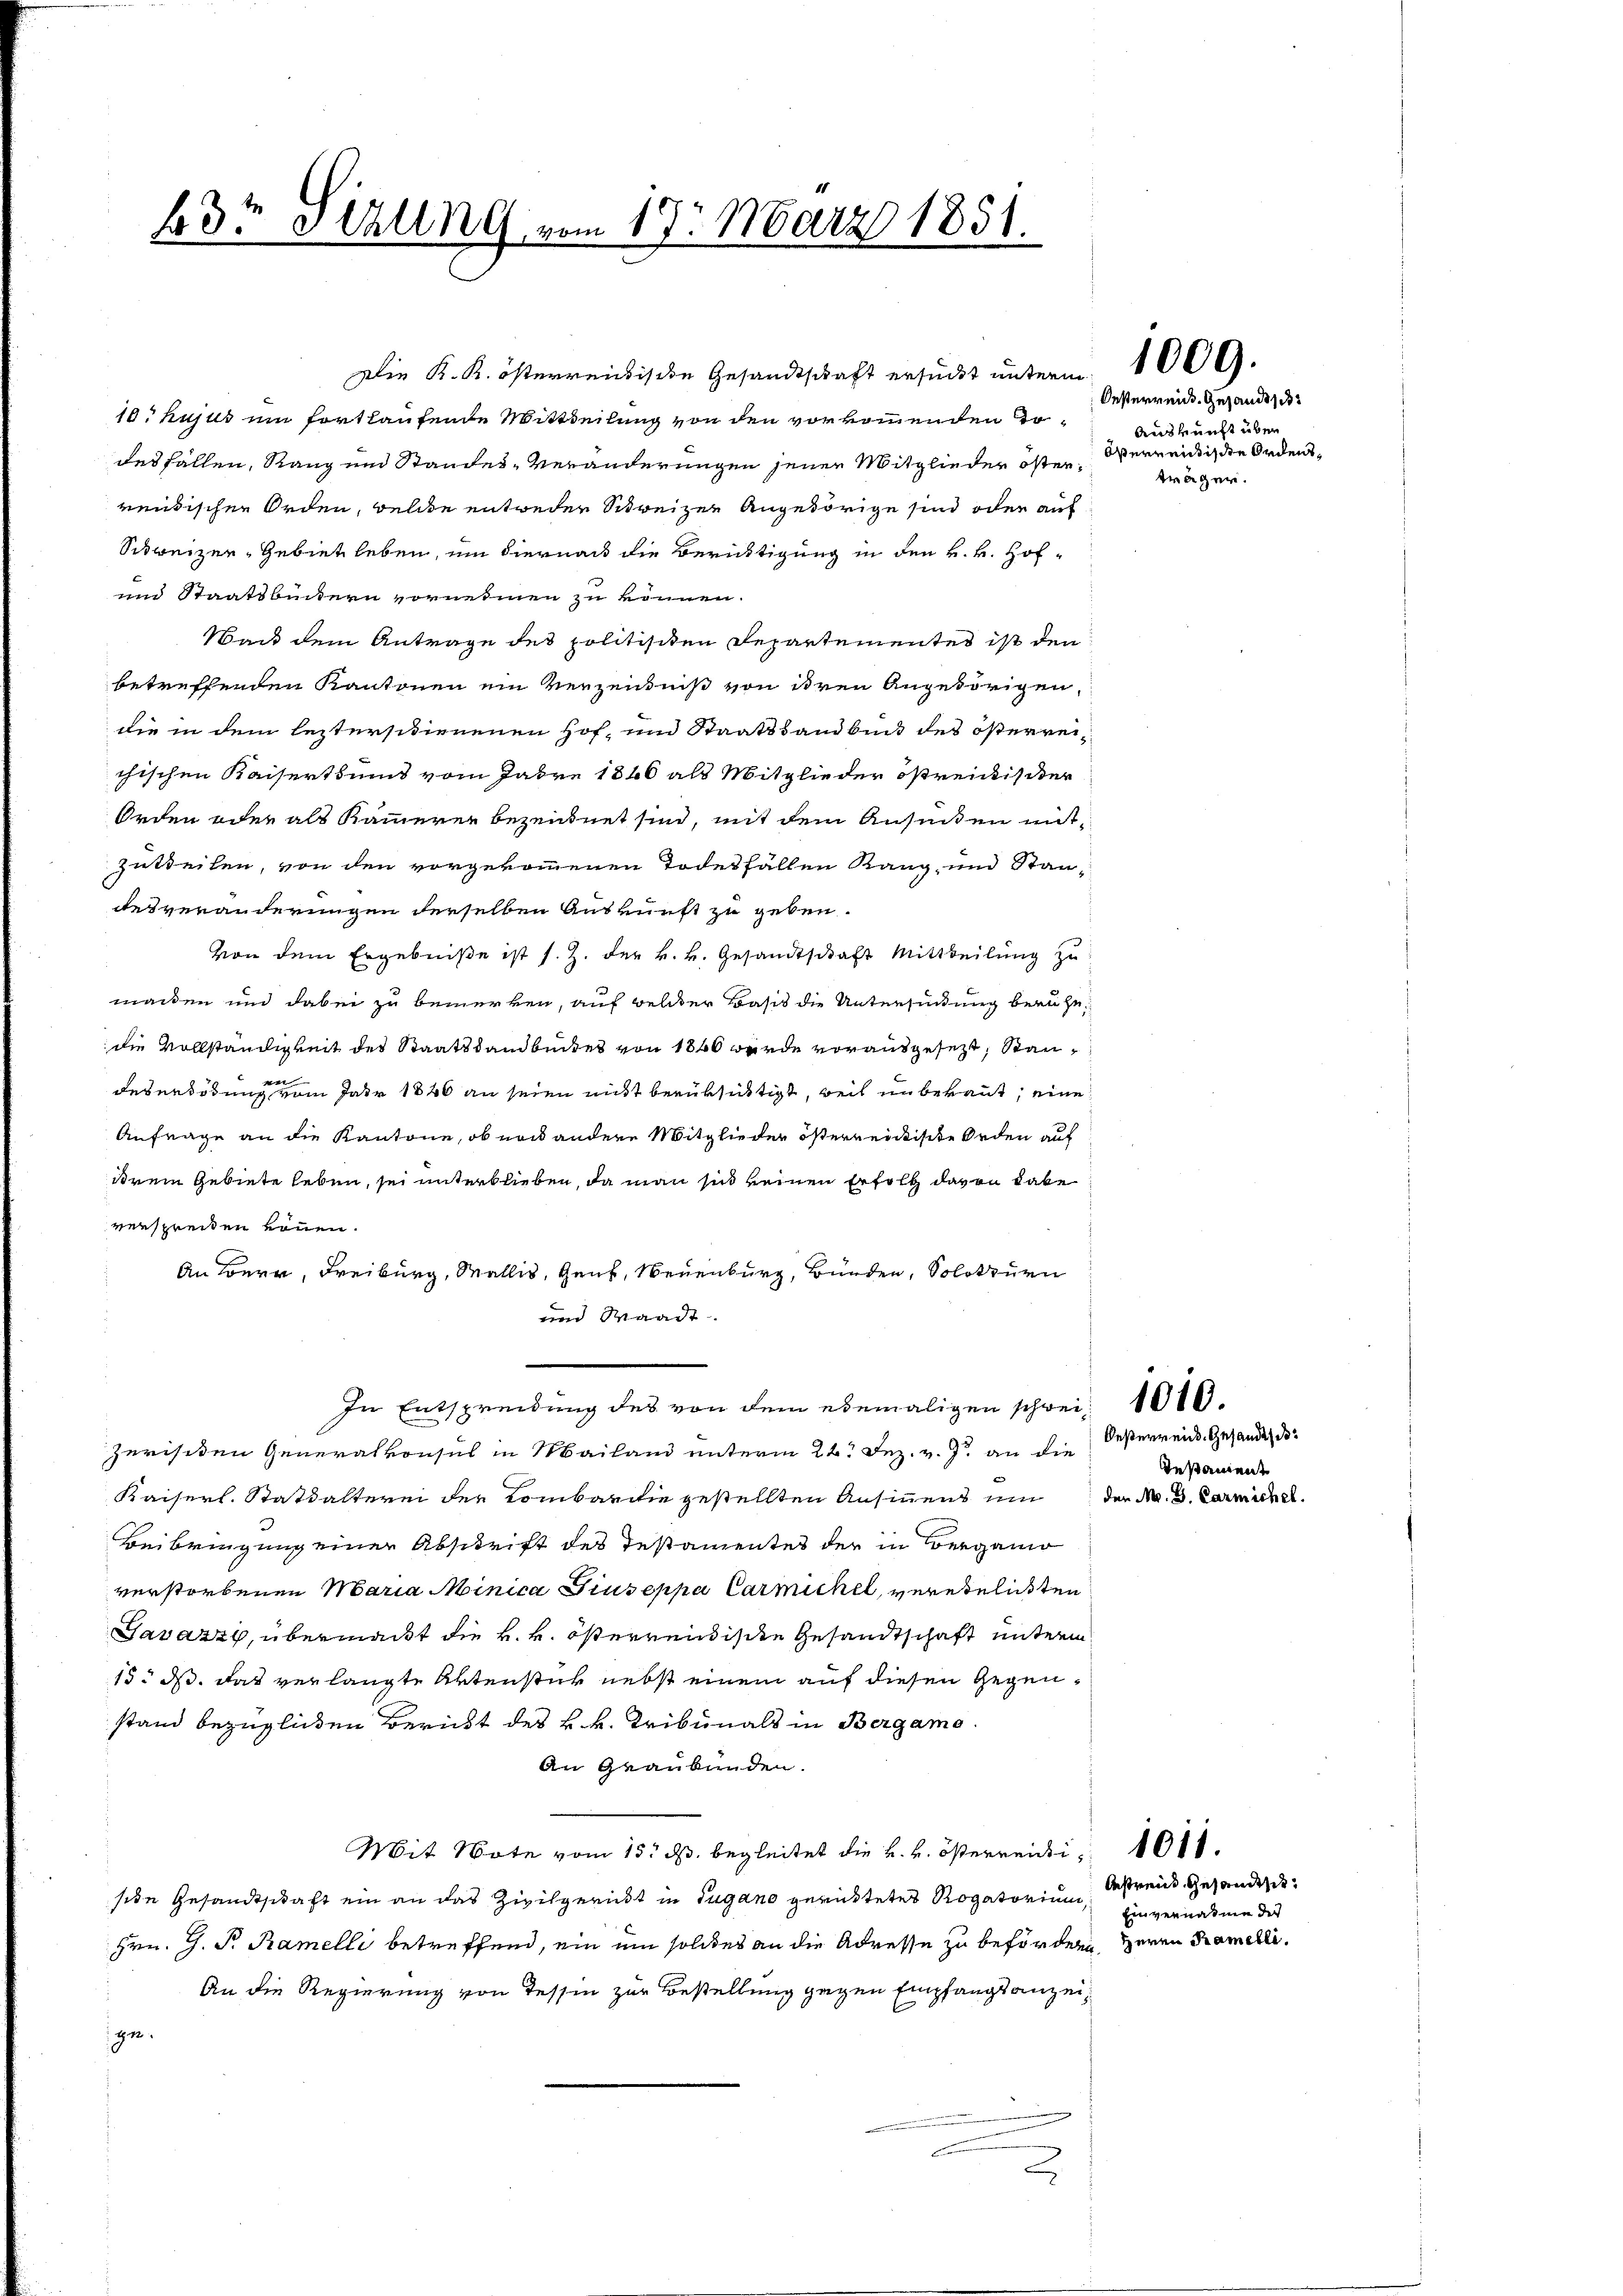
B3t Schlung vom 17. März 1851.

10. hujus ein fortlaufende Mittheilung von den vorkommenden Todesfallen, Rang und Standes-Veränderungen jenen Mitglieder österrentischen Orden, welche entweder Schweizen Angehörige sind oder auf
Schweizer, Gebiet leben, um hiernach die Berüchtigung in den k. k. Hof¬
und Staatsbückern vornehmen zu können.
Wack dem Antrage des politisiten Departementes ist den
betreffenden Kantonen ein Verzeichniß von ihren Angehörigen,
die in dem leztersitionenen Hof- und Staatsbandbuck des österreichischen Kaisert und vom Jahre 1866 als Mitglieder östreitischer
Orden oder als Kammerer bezeichnet sind, mit dem Ansinten mitzutheilen, von den vorgekommenen Todesfällen Rang und Standesveränderungen derselben Auskunft zu geben.
von dem Ergebniße ist s. Z. der k. k. Gesandtschaft Mittheilung zu
manten und dabei zu bemerken, auf Gelder Basis die Untersuchung beruhedie vollständigkeit des Staatstandbeites von 1846 wurde vorausgesezt, Stan¬
Desertödung vom Jahr 1846 an seien nicht berüksichtigt, weil unbekannt, eine
Anfrage an die Kantone, ob nach andere Mitglieder österrentische Orden auf
irem Gebiete leben, sei unterblieben, da man sich keinen Erfolg davon dabe
verspreiten können.
An Bern, Freiburg, Wallis, Genf, Neuenburg, Bünden, Solothurn
und Waadt
In Entspreidung des von dem ebemaligen schwei- 1010.
zerisiten Generalkonsul in Mailand unterm 22. Dez. v. J. an die
Kaiserl. Stattalterei der Kombardie gestellten Ansinnens um der N. 3. Carmicke
Beibringung einer Abschrift des Testamentes der in Bergani
verstorbenen Maria Minica Giuseppa Carmickel, verehelichten
Javazzy, übermacht die k. k. österrendische Gesandtschaft unterm
15. ds. das verlangte Artenstück nebst einem auf diesen Gegenstand bezüglichen Bericht des k. k. Tribunals in Bergamo
An Graubünden.
Mit Note vom 15. d. begleitet die k. k. österreidiside Gesandtschaft ein an das Zivilgericht in Lugano gerichtetes Rogatorium,
Hrn. G. P. Ramelli betreffend, ein um solches an die Adresse zu beförden, Herrn Ramelli¬
An die Regierung von Tessin zur Bestellung gegen Empfangsanzeige.

K. K. österreise Gesandtschaft ersucht unterm 1000.

Oesterreich. Gesandt se
Auskunft über
öserwendische Ordens¬

träger.

Deßerreid. Gesandt do
Testament

bestreid gesandtsch
Einvernahme des

1011.